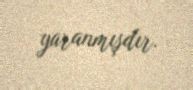
yaranmışdır.